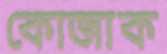
কোজাক